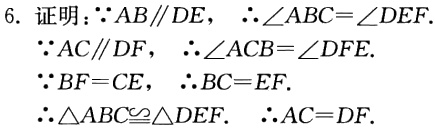
6. 证明：\(\because AB\parallel DE\)，\(\therefore\angle ABC = \angle DEF\)
\(\because AC\parallel DF\)，\(\therefore\angle ACB=\angle DFE\).
\(\because BF = CE\)，\(\therefore BC = EF\).
\(\therefore\triangle ABC\cong\triangle DEF\). \(\therefore AC = DF\).